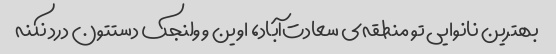
بهترین نانوایی تو منطقه‌ی سعادت‌آباد، اوین و ولنجک دستتون درد نکنه